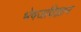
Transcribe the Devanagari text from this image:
भेषजविज्ञान